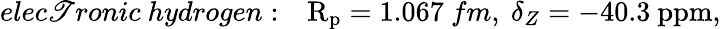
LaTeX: elec\mathscr{T}ronic~hydrogen:~~~\mathrm{{R_{p}}}=1.067~fm,~\delta_{Z}=-40.3~\mathrm{{ppm}},